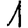
Digit: 1